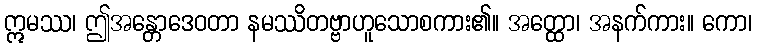
ဣမဿ၊ ဤအန္တောဒေဝတာ နမဿိတဗ္ဗာဟူသောစကား၏။ အတ္ထော၊ အနက်ကား။ ကော၊